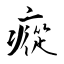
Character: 瘲